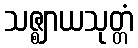
သဇ္ဈာယသုတ္တံ